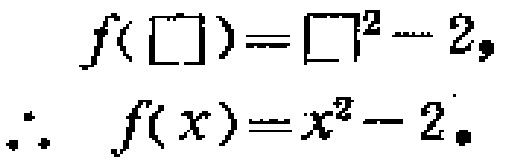
\[
\begin{align*}
f(\square)&=\square^{2}-2,\\
\therefore\ f(x)&=x^{2}-2.
\end{align*}
\]